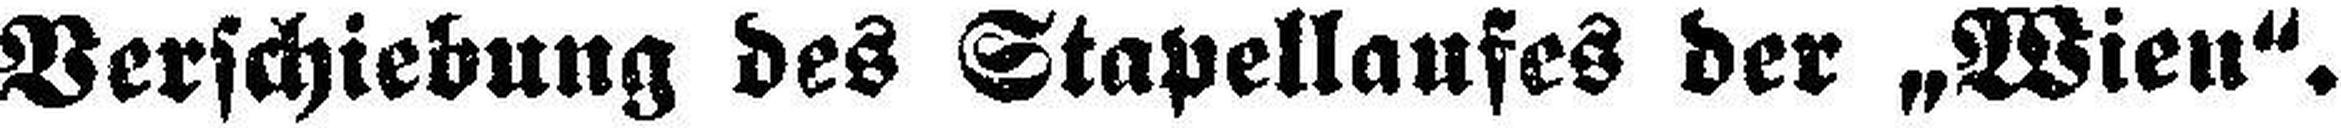
Verschiebung des Stapellaufes der „Wien“.